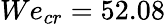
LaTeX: We_{cr}=52.08